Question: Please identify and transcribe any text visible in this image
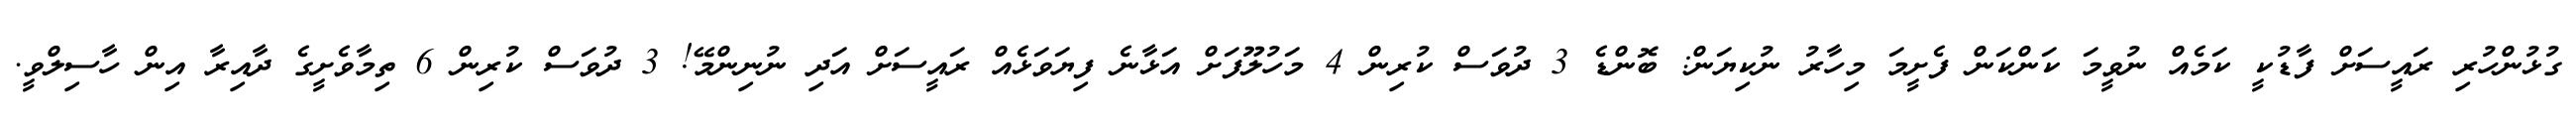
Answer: ގުޅުންހުރި ރައީސަށް ފާޑުކީ ކަމެއް ނުވީމަ ކަންކަން ފެށީމަ މިހާރު ނުކިޔަން: ބޮންޑެ 3 ދުވަސް ކުރިން 4 މަހުލޫފަށް އަޅާނެ ފިޔަވަޅެއް ރައީސަށް އަދި ނުނިންމޭ! 3 ދުވަސް ކުރިން 6 ތިމާވެށީގެ ދާއިރާ އިން ހާސިލްވީ.